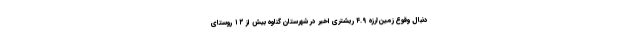
دنبال وقوع زمین‌لرزه ۴.۹ ریشتری اخیر در شهرستان گناوه بیش از ۱۲ روستای